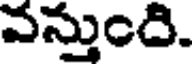
వస్తుంది.